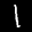
Label: 1